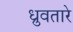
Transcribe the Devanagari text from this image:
ध्रुवतारे